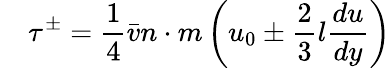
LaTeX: \quad\tau^{\pm}={\frac{1}{4}}{\bar{v}}n\cdot m\left(u_{0}\pm{\frac{2}{3}}l{\frac{du}{dy}}\right)